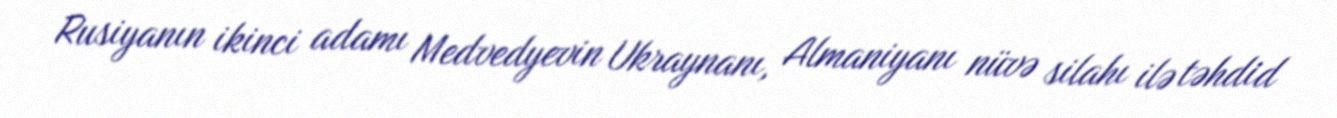
Rusiyanın ikinci adamı Medvedyevin Ukraynanı, Almaniyanı nüvə silahı ilə təhdid